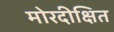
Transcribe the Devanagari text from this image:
मोरदीक्षित